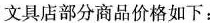
文具店部分商品价格如下：